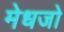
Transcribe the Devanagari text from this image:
मेधजो